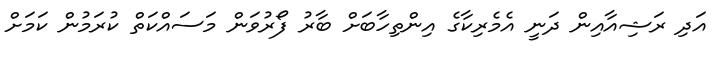
އަދި ރަޝިއާއިން ދަނީ އެމެރިކާގެ އިންތިހާބަށް ބާރު ފޯރުވަން މަސައްކަތް ކުރަމުން ކަމަށް